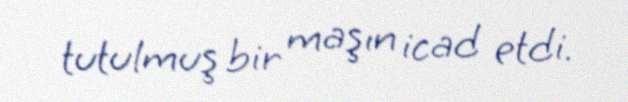
tutulmuş bir maşın icad etdi.